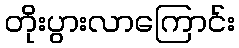
တိုးပွားလာကြောင်း